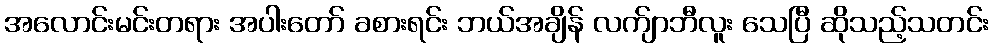
အလောင်းမင်းတရား အပါးတော် ခစားရင်း ဘယ်အချိန် လက်ျာဘီလူး သေပြီ ဆိုသည့်သတင်း